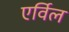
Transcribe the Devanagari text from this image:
एर्विल